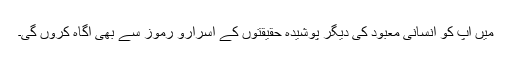
میں آپ کو انسانی معبود کی دیگر پوشیدہ حقیقتوں کے اسرارو رموز سے بھی آگاہ کروں گی۔